Civil Veterinary Department Bengal reports 1923-33 - 1923-1933
Year: 1923
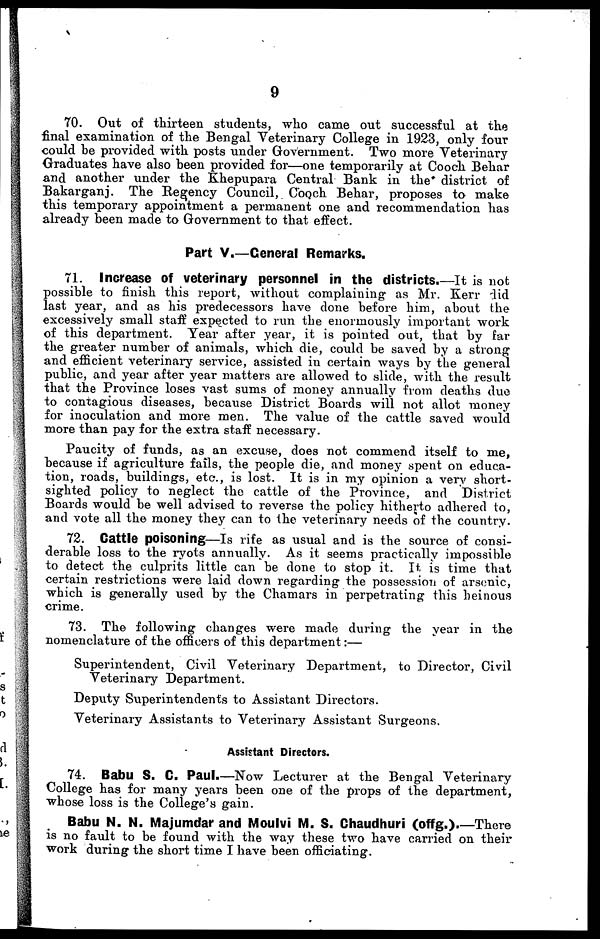
9
70. Out of thirteen students, who came out successful at the
final examination of the Bengal Veterinary College in 1923, only four
could be provided with posts under Government. Two more Veterinary
Graduates have also been provided for—one temporarily at Cooch Behar
and another under the Khepupara Central Bank in the district of
Bakarganj. The Regency Council, Cooch Behar, proposes to make
this temporary appointment a permanent one and recommendation has
already been made to Government to that effect.
Part V.—General Remarks.
71. Increase of veterinary personnel in the districts.—It is not
possible to finish this report, without complaining as Mr. Kerr did
last year, and as his predecessors have done before him, about the
excessively small staff expected to run the enormously important work
of this department. Tear after year, it is pointed out, that by far
the greater number of animals, which die, could be saved by a strong
and efficient veterinary service, assisted in certain ways by the general
public, and year after year matters are allowed to slide, with the result
that the Province loses vast sums of money annually from deaths due
to contagious diseases, because District Boards will not allot money
for inoculation and more men. The value of the cattle saved would
more than pay for the extra staff necessary.
Paucity of funds, as an excuse, does not commend itself to me,
because if agriculture fails, the people die, and money spent on educa-
tion, roads, buildings, etc., is lost. It is in my opinion a very short-
sighted policy to neglect the cattle of the Province, and District
Boards would be well advised to reverse the policy hitherto adhered to,
and vote all the money they can to the veterinary needs of the country.
72. Cattle poisoning—Is rife as usual and is the source of consi-
derable loss to the ryots annually. As it seems practically impossible
to detect the culprits little can be done to stop it. It is time that
certain restrictions were laid down regarding the possession of arsenic,
which is generally used by the Chamars in perpetrating this heinous
crime.
73. The following changes were made during the year in the
nomenclature of the officers of this department:—
Superintendent, Civil Veterinary Department, to Director, Civil
Veterinary Department.
Deputy Superintendents to Assistant Directors.
Veterinary Assistants to Veterinary Assistant Surgeons.
Assistant Directors.
74. Babu S. C. Paul.—Now Lecturer at the Bengal Veterinary
College has for many years been one of the props of the department,
whose loss is the College's gain.
Babu N. N. Majumdar and Moulvi M. S. Chaudhuri (offg.).—There
is no fault to be found with the way these two have carried on their
work during the short time I have been officiating.